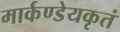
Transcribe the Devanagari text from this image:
मार्कण्डेयकृतं